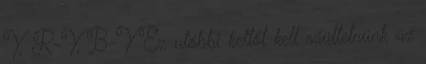
Y, R-Y, B-Y Ez utóbbi kettőt kell ráültetnünk az